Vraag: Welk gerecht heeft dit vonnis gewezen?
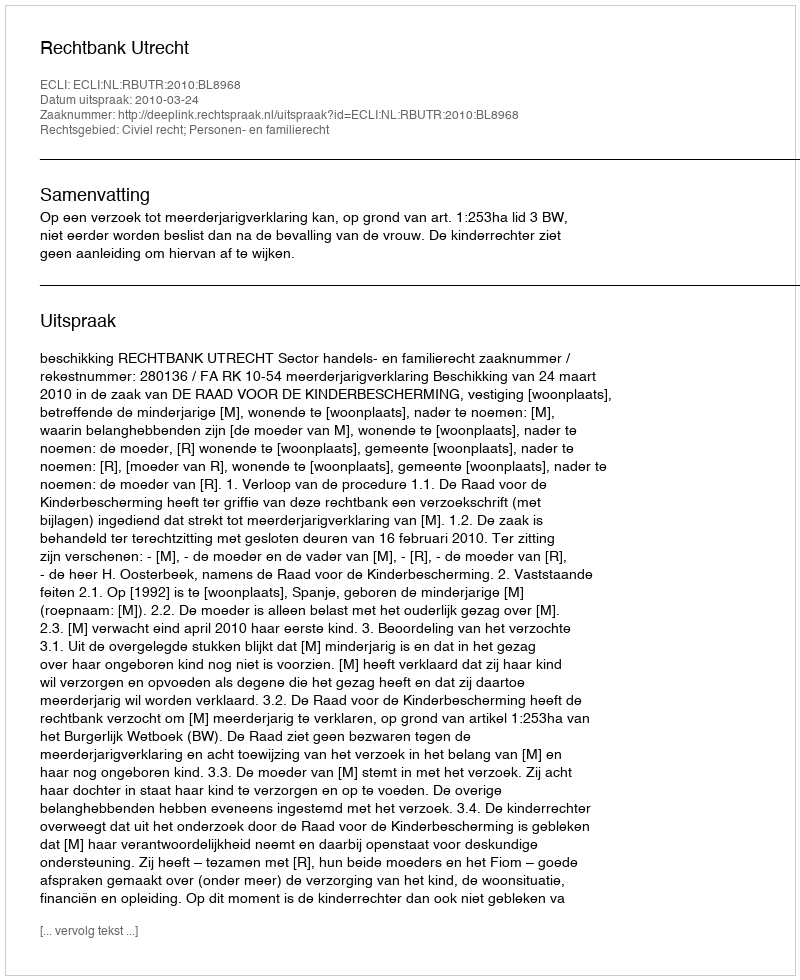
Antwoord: Rechtbank Utrecht